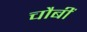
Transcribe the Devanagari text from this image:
चौबीं